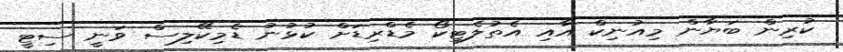
ކުރިން ބަޔާން މިއުނިކް އާއި އެތުލެޓިކޯ މެޑްރިޑަށް ކުޅުނު ޑެމިކޭލިސް ވަނީ ސިޓީ